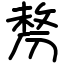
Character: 剺